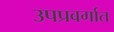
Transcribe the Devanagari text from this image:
उपप्रवर्गात